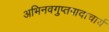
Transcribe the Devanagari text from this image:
अभिनवगुप्तपादाचार्य